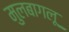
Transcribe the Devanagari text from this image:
मुलबागलू